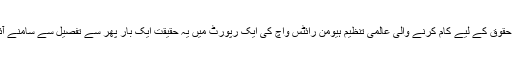
انسانی حقوق کے لیے کام کرنے والی عالمی تنظیم ہیومن رائٹس واچ کی ایک رپورٹ میں یہ حقیقت ایک بار پھر سے تفصیل سے سامنے آئی ہے۔